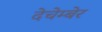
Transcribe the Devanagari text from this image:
देचेम्बेर